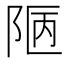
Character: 𨹟